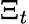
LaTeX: \Xi_{t}